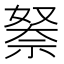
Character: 𮂃